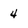
Character: 4